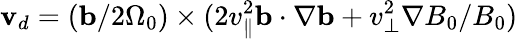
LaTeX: \mathbf v_{d}=(\mathbf b/2\Omega_{0})\times(2v_{\parallel}^{2}\mathbf b\cdot\nabla\mathbf b+v_{\perp}^{2}\nabla B_{0}/B_{0})